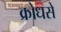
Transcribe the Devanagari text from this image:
क्रोधसे